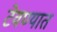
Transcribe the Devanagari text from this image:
टेवण्यात